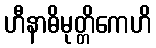
ဟီနာဓိမုတ္တိကေဟိ